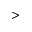
>